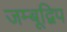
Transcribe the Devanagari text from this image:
जम्बूद्विप